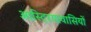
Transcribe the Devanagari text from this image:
आस्ट्रियावासियों